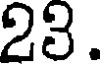
23.